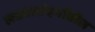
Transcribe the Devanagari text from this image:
लढ्यासंदर्भातील